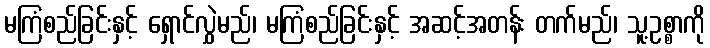
မကြံစည်ခြင်းနှင့် ရှောင်လွှဲမည်၊ မကြံစည်ခြင်းနှင့် အဆင့်အတန်း တက်မည်၊ သူ့ဥစ္စာကို